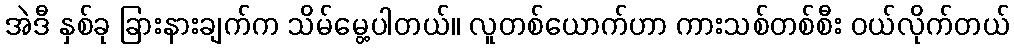
အဲဒီ နှစ်ခု ခြားနားချက်က သိမ်မွေ့ပါတယ်။ လူတစ်ယောက်ဟာ ကားသစ်တစ်စီး ဝယ်လိုက်တယ်